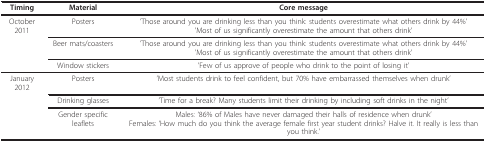
<table><thead><tr><td><b>Timing</b></td><td><b>Material</b></td><td><b>Core message</b></td></tr></thead><tbody><tr><td>October 2011</td><td>Posters</td><td>&#x27;Those around you are drinking less than you think: students overestimate what others drink by 44%&#x27;&#x27;Most of us significantly overestimate the amount that others drink&#x27;</td></tr><tr><td></td><td>Beer mats/coasters</td><td>&#x27;Those around you are drinking less than you think: students overestimate what others drink by 44%&#x27;&#x27;Most of us significantly overestimate the amount that others drink&#x27;</td></tr><tr><td></td><td>Window stickers</td><td>&#x27;Few of us approve of people who drink to the point of losing it&#x27;</td></tr><tr><td>January 2012</td><td>Posters</td><td>&#x27;Most students drink to feel confident, but 70% have embarrassed themselves when drunk&#x27;</td></tr><tr><td></td><td>Drinking glasses</td><td>&#x27;Time for a break? Many students limit their drinking by including soft drinks in the night&#x27;</td></tr><tr><td></td><td>Gender specific leaflets</td><td>Males: &#x27;86% of Males have never damaged their halls of residence when drunk&#x27;Females: &#x27;How much do you think the average female first year student drinks? Halve it. It really is less than you think.&#x27;</td></tr></tbody></table>